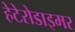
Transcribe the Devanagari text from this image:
हेटेरोडाइमर